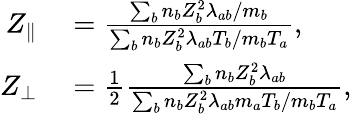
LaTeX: \begin{array}{rl}{Z_{\parallel}}&{{}=\frac{\sum_{b}n_{b}Z_{b}^{2}\lambda_{ab}/m_{b}}{\sum_{b}n_{b}Z_{b}^{2}\lambda_{ab}T_{b}/m_{b}T_{a}},}\\ {Z_{\perp}}&{{}=\frac{1}{2}\frac{\sum_{b}n_{b}Z_{b}^{2}\lambda_{ab}}{\sum_{b}n_{b}Z_{b}^{2}\lambda_{ab}m_{a}T_{b}/m_{b}T_{a}},}\end{array}